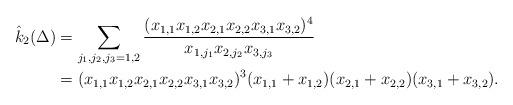
LaTeX: \begin{align*}\hat{k}_2({\Delta})&=\sum_{j_1,j_2,j_3=1,2}\dfrac{(x_{1,1}x_{1,2}x_{2,1}x_{2,2}x_{3,1}x_{3,2})^4}{x_{1,j_1}x_{2,j_2}x_{3,j_3}}\\&=(x_{1,1}x_{1,2}x_{2,1}x_{2,2}x_{3,1}x_{3,2})^3(x_{1,1}+x_{1,2})(x_{2,1}+x_{2,2})(x_{3,1}+x_{3,2}).\end{align*}